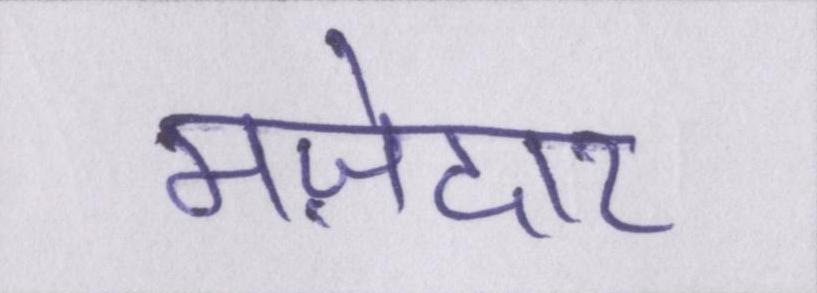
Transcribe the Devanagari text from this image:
मज़ेदार